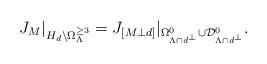
LaTeX: \begin{align*}J_{M}|_{H_{d}\setminus\Omega_{\Lambda}^{\geq3}}=J_{[M\perp d]}|_{\Omega_{\Lambda\cap d^{\perp}}^{0}\cup{\mathcal D}_{\Lambda\cap d^{\perp}}^{0}}.\end{align*}